King Institute of Preventive Medicine Micro-Biological Section reports 1912-19
Year: 1912
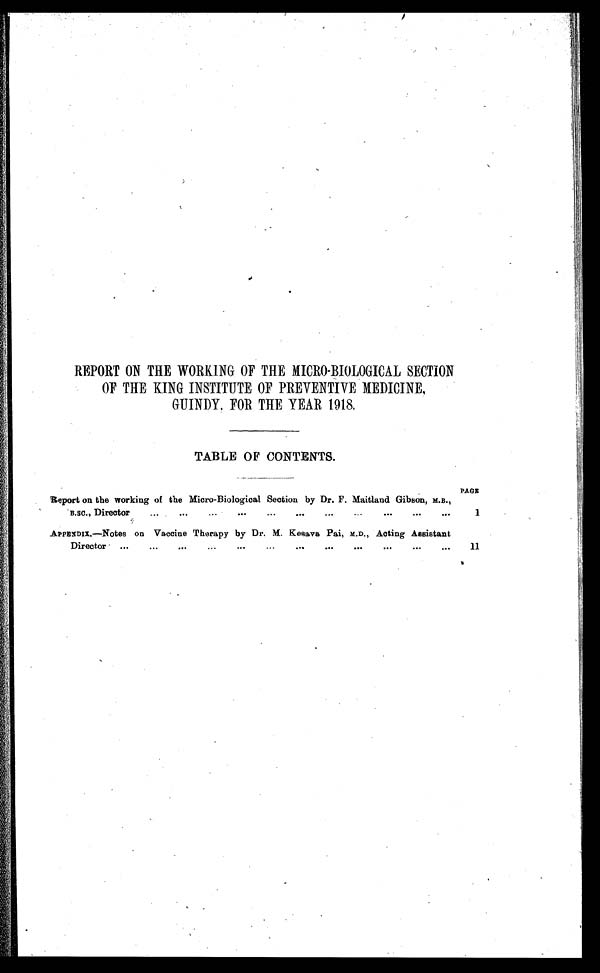
REPORT ON THE WORKING OF THE MICRO-BIOLOGICAL SECTION
OF THE KING INSTITUTE OF PREVENTIVE MEDICINE,
GUINDY, FOR THE YEAR 1918.
TABLE OF CONTENTS.
Report on the working of the Micro-Biological Section by Dr. F. Maitland Gibson, M.B.,
B.sc., Director
...
...
...
...
...
...
...
...
...
...
PAGE
I
APPENDIX.—Notes on Vaccine Therapy by Dr. M. Kesava Pai, M.D. , Acting Assistant
Director
...
...
...
...
...
...
...
...
...
...
II